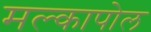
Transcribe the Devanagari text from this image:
मल्कापोल